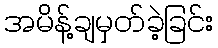
အမိန့်ချမှတ်ခဲ့ခြင်း